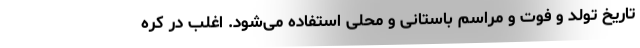
تاریخ تولد و فوت و مراسم باستانی و محلی استفاده می‌شود. اغلب در کره